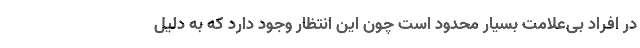
در افراد بی‌علامت بسیار محدود است چون این انتظار وجود دارد که به دلیل